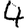
Digit: 4